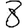
Digit: 8